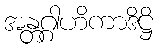
အန္တဂ္ဂါဟိကာဒိဋ္ဌိ